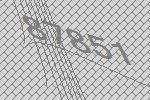
87851